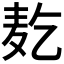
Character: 𱋇